Bombay plague: being a history of the progress of plague in the Bombay presidency from September 1896 to June 1899
Year: 1896
Disease focus: Plague
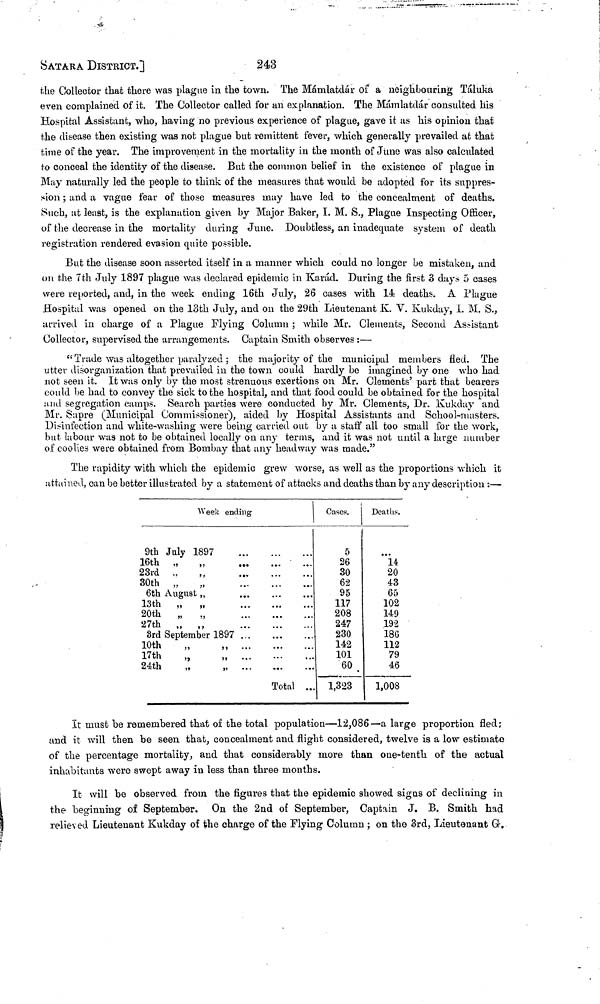
SATARA DISTRICT.]
243
the Collector that there was plague in the town. The Mámlatdár of a neighbouring Táluka
even complained of it. The Collector called for an explanation. The Mámlatdár consulted his
Hospital Assistant, who, having no previous experience of plague, gave it as his opinion that
the disease then existing was not plague but remittent fever, which generally prevailed at that
time of the year. The improvement in the mortality in the month of June \vas also calculated
to conceal the identity of the disease. But the common belief in the existence of plague in
May naturally led the people to think of the measures that would be adopted for its suppres-
sion ; and a vague fear of those measures may have led to the concealment of deaths.
Such, at least, is the explanation given by Major Baker, I. M. S., Plague Inspecting Officer,
of the decrease in the mortality during June. Doubtless, an inadequate system of death
registration rendered evasion quite possible.
But the disease soon asserted itself in a manner which could no longer be mistaken, and
on the 7th July 1897 plague was declared epidemic in Karád. During the first 3 days 5 cases
were reported, and, in the week ending 16th July, 26 cases with 14 deaths. A Plague
Hospital was opened on the 13th July, and on the 29th Lieutenant K. V. Kukday, I. M. S.,
arrived in charge of a Plague Flying Column ; while Mr. Clements, Second Assistant
Collector, supervised the arrangements. Captain Smith observes :—
"Trade was altogether paralyzed ; the majority of the municipal members fled. The
utter disorganization that prevailed in the town could hardly be imagined by one who had
not seen it. It was only by the most strenuous exertions on Mr. Clements' part that bearers
could be had to convey the sick to the hospital, and that food could be obtained for the hospital
and segregation camps. Search parties were conducted by Mr. Clements, Dr. Kukday and
Mr. Sapre (Municipal Commissioner), aided by Hospital Assistants and School-masters.
Disinfection and white-washing were being carried out by a staff all too small for the work,
but labour was not to be obtained locally on any terms, and it was not until a large number
of coolies were obtained from Bombay that any headway was made."
The rapidity with which the epidemic grew worse, as well as the proportions which it
attained, can be better illustrated by a statement of attacks and deaths than by any description :—
9th
16th
23rd
30th
6th
13th
20th
27th
3rd
10th
17th
24th
July
,,
,,
August
,,
,,
,,
Week ending
1897
,,
,,
September
,,
,,
,,
1897
,,
...
...
...
...
...
...
..
...
··
...
...
...
...
...
...
...
Total
...
...
...
...
...
...
...
...
...
...
··
Cases.
5
26
30
62
95
117
208
247
230
142
101
60
1,323
Deaths.
14
20
43
65
102
149
192
186
112
79
46
1,008
It must be remembered that of the total population—12,086—a large proportion fled;
and it will then be seen that, concealment and flight considered, twelve is a low estimate
of the percentage mortality, and that considerably more than one-tenth of the actual
inhabitants were swept away in less than three months.
It will be observed from the figures that the epidemic showed signs of declining in
the beginning of September. On the 2nd of September, Captain J. B. Smith had
relieved Lieutenant Kukday of the charge of the Flying Column ; on the 3rd, Lieutenant Gr.